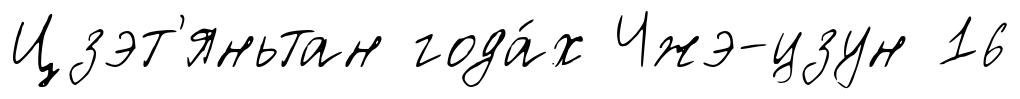
Цзэт'яньтан года́х Чжэ-цзун 16